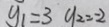
y _ { 1 } = 3 y _ { 2 } = - 2